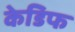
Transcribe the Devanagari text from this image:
केडिफ